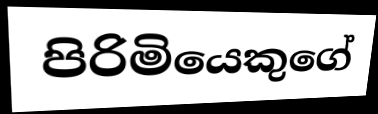
පිරිමියෙකුගේ